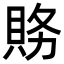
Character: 𮙽